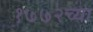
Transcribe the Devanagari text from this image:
१७७२च्या